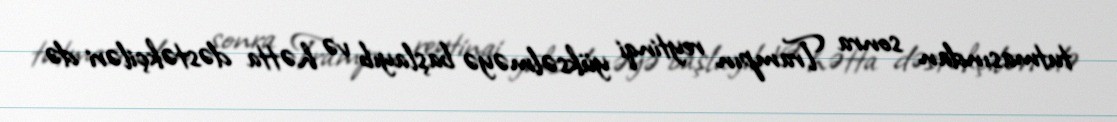
tutmasından sonra Trampın reytinqi yüksəlməyə başlayıb və hətta dəstəkçiləri də